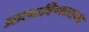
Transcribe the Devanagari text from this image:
आत्माविष्काराच्या